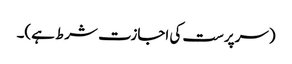
(سرپرست کی اجازت شرط ہے)۔